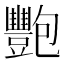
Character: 𬤺